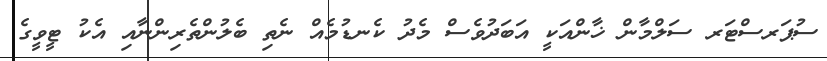
ސުޕަރސްޓަރ ސަލްމާން ޚާންއަކީ އަބަދުވެސް މެދު ކެނޑުމެއް ނެތި ބެލުންތެރިންނާއި އެކު ޓީވީގެ